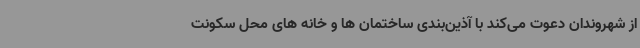
از شهروندان دعوت می‌کند با آذین‌بندی ساختمان ها و خانه های محل سکونت